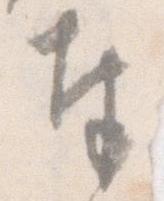
奉